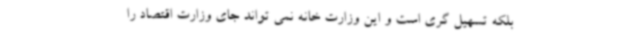
بلکه تسهیل گری است و این وزارت خانه نمی تواند جای وزارت اقتصاد را